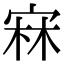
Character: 㝝